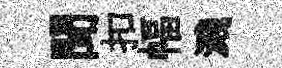
聞扣幅濺